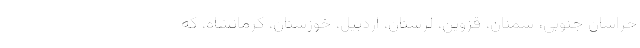
خراسان جنوبی، سمنان، قزوین، لرستان، اردبیل، خوزستان، کرمانشاه، که